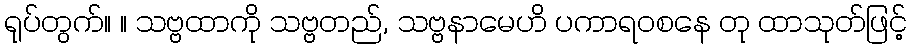
ရုပ်တွက်။ ။ သဗ္ဗထာကို သဗ္ဗတည်, သဗ္ဗနာမေဟိ ပကာရဝစနေ တု ထာသုတ်ဖြင့်